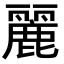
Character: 麗